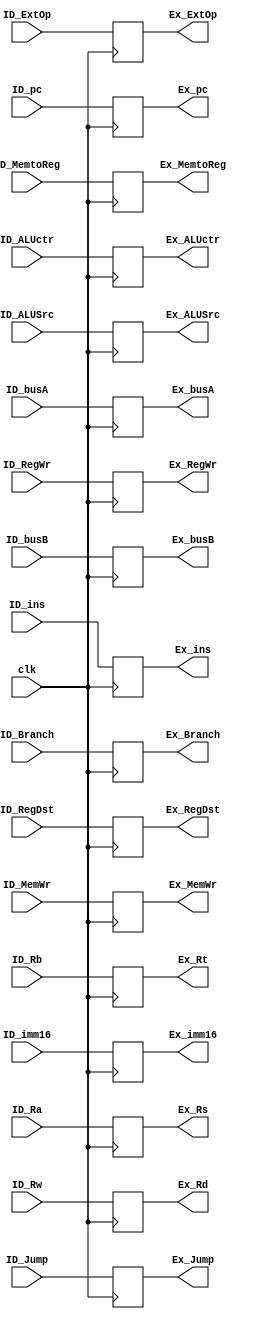
module id_ex   (    clk, ID_pc,  ID_ins,  ID_busA, ID_busB, ID_imm16, 
                    ID_Ra, ID_Rb, ID_Rw, ID_ExtOp, ID_ALUSrc, ID_RegDst, ID_MemWr, ID_Branch, ID_Jump, ID_MemtoReg, ID_RegWr, ID_ALUctr,
                    Ex_pc, Ex_ins, Ex_busA, Ex_busB, Ex_imm16,
                    Ex_Rs, Ex_Rt, Ex_Rd, Ex_ExtOp, Ex_ALUSrc, Ex_RegDst, Ex_MemWr, Ex_Branch, Ex_Jump, Ex_MemtoReg, Ex_RegWr, Ex_ALUctr );

input clk;
input[31:2] ID_pc;
input[31:0] ID_ins;
input[31:0] ID_busA;
input[31:0] ID_busB;
input[15:0] ID_imm16;

input[4:0] ID_Ra;
input[4:0] ID_Rb;
input[4:0] ID_Rw;

input[1:0] ID_Jump;
input      ID_ExtOp;
input      ID_ALUSrc;
input[1:0] ID_RegDst;
input[2:0] ID_MemWr;
input[2:0] ID_Branch;
input[1:0] ID_MemtoReg;
input      ID_RegWr;
input[3:0] ID_ALUctr;

output reg [31:2] Ex_pc;
output reg [31:0] Ex_ins;
output reg [31:0] Ex_busA;
output reg [31:0] Ex_busB;
output reg [15:0] Ex_imm16;

output reg [4:0] Ex_Rs;
output reg [4:0] Ex_Rt;
output reg [4:0] Ex_Rd;

output reg [1:0] Ex_Jump;
output reg       Ex_ExtOp;
output reg       Ex_ALUSrc;
output reg [1:0] Ex_RegDst;
output reg [2:0] Ex_MemWr;
output reg [2:0] Ex_Branch;
output reg [1:0] Ex_MemtoReg;
output reg       Ex_RegWr;
output reg [3:0] Ex_ALUctr;


initial begin
    Ex_pc         = 30'd0;
    Ex_ins        = 32'd0;
    Ex_busA       = 32'd0;
    Ex_busB       = 32'd0;
    Ex_imm16      = 16'd0;
    Ex_Rs         = 5'd0;
    Ex_Rt         = 5'd0;
    Ex_Rd         = 5'd0;

    Ex_ExtOp      = 1'd0;
	Ex_RegWr      = 1'd0;
	Ex_RegDst     = 2'd0;
	Ex_ALUSrc     = 1'd0;
	Ex_Branch     = 3'd0;
	Ex_Jump       = 2'd0;
	Ex_MemWr      = 3'd0;
    Ex_MemtoReg   = 2'd0;  
    Ex_ALUctr     = 4'd0;
    end


always @(negedge clk)
        begin
             Ex_pc        <= ID_pc;
             Ex_ins       <= ID_ins;
             Ex_busA      <= ID_busA;
             Ex_busB      <= ID_busB;
             Ex_Rs        <= ID_Ra;
             Ex_Rt        <= ID_Rb;
             Ex_Rd        <= ID_Rw;
             Ex_imm16     <= ID_imm16;

            //ctrl
             Ex_ExtOp     <= ID_ExtOp;
             Ex_RegWr     <= ID_RegWr;
             Ex_RegDst    <= ID_RegDst;
             Ex_ALUSrc    <= ID_ALUSrc;
             Ex_Branch    <= ID_Branch;
             Ex_Jump      <= ID_Jump;
             Ex_MemWr     <= ID_MemWr;
             Ex_MemtoReg  <= ID_MemtoReg;
             Ex_ALUctr    <= ID_ALUctr;
        end
endmodule